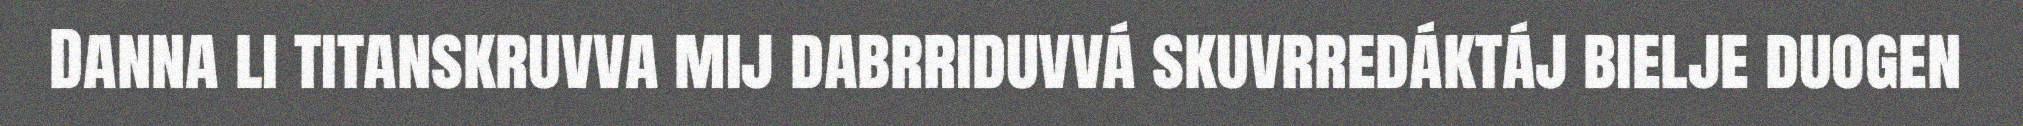
Danna li titanskruvva mij dabrriduvvá skuvrredáktáj bielje duogen